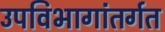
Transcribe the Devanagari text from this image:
उपविभागांतर्गत